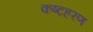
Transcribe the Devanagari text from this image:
कष्टहरण